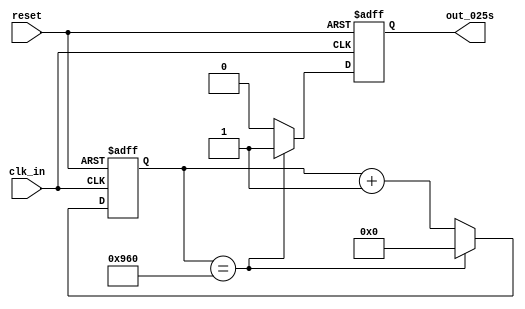
//	setup file time 2018/2/6
//	author <ross1206vii@gmail.com>



module timer025
(
	input reset,
	input clk_in,
	
	output reg out_025s
);

parameter FRQ = 2400;




reg[11:0] tmp;

// always start
always @(posedge clk_in or negedge reset)
begin
	if(reset == 1'b0) begin
		tmp <= 12'b0;
		out_025s <= 1'b0;
	end
	else begin
		if(tmp == FRQ) begin
			tmp <= 12'b0;
			out_025s <= 1'b1;
		end
		else begin
			tmp <= tmp + 12'b1;
			out_025s <= 1'b0;
		end
	end
end
// always end



endmodule